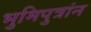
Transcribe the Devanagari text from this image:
भुमिपुत्रांन